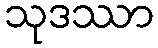
သုဒဿာ